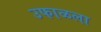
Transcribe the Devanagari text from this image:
उफाळला